Report on the treatment of epidemic cholera: from information collected by the governments of Bengal, Madras, Bombay, N.W. Provinces, Punjab, Oudh, and Central India, by order of the Government of India
Disease focus: Cholera
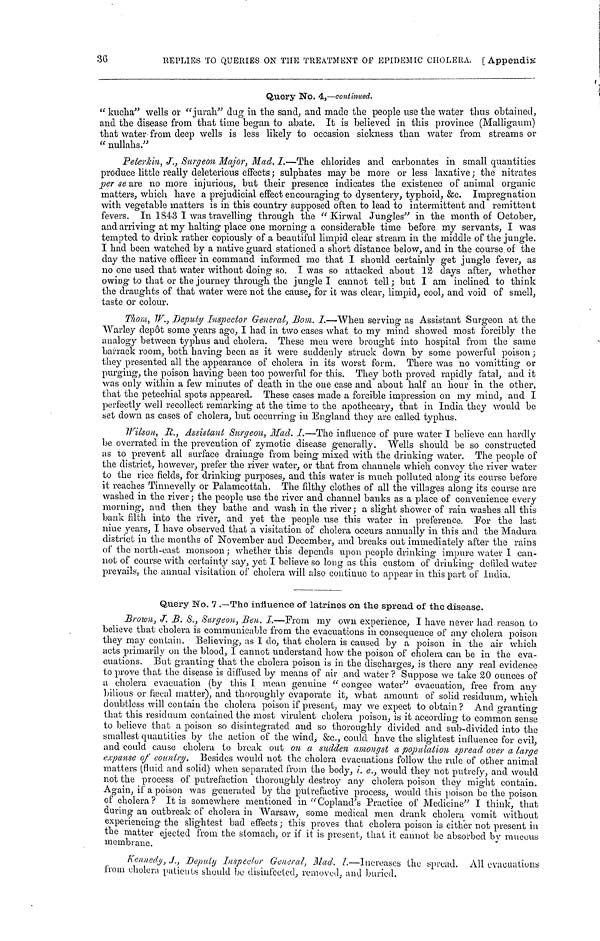
36
REPLIES TO QUERIES ON THE TREATMENT OF EPIDEMIC CHOLERA. [ Appendix
Query No. 4,—continued.
"kucha" wells or "jurah" dug in the sand, and made the people use the water thus obtained,
and the disease from that time began to abate. It is believed in this province (Malligaum)
that water from deep wells is less likely to occasion sickness than water from streams or
"nullahs."
Peterkin, J., Surgeon Major, Mad. I.—The chlorides and carbonates in small quantities
produce little really deleterious effects; sulphates may be more or less laxative ; the nitrates
per se are no more injurious, but their presence indicates the existence of animal organic
matters, which have a prejudicial effect encouraging to dysentery, typhoid, &c. Impregnation
with vegetable matters is in this country supposed often to lead to intermittent and remittent
fevers. In 1843 I was travelling through the "Kirwal Jungles" in the month of October,
and arriving at my halting place one morning a considerable time before my servants, I was
tempted to drink rather copiously of a beautiful limpid clear stream in the middle of the jungle.
I had been watched by a native guard stationed a short distance below, and in the course of the
day the native officer in command informed me that I should certainly get jungle fever, as
no one used that water without doing so. I was so attacked about 12 days after, whether
owing to that or the journey through the jungle I cannot tell; but I am inclined to think
the draughts of that water were not the cause, for it was clear, limpid, cool, and void of smell,
taste or colour.
Thom, W., Deputy Inspector General, Bom. I.—When serving as Assistant Surgeon at the
Warley depot some years ago, I had in two cases what to my mind showed most forcibly the
analogy between typhus and cholera. These men were brought into hospital from the same
barrack room, both having been as it were suddenly struck down by some powerful poison;
they presented all the appearance of cholera in its worst form. There was no vomitting or
purging, the poison having been too powerful for this. They both proved rapidly fatal, and it
was only within a few minutes of death in the one case and about half an hour in the other,
that the petechial spots appeared. These cases made a forcible impression on my mind, and I
perfectly well recollect remarking at the time to the apothecary, that in India they would be
yet down as cases of cholera, but occurring in England they are called typhus.
Wilson, R., Assistant Surgeon, Mad. I.—The influence of pure water I believe can hardly
be overrated in the prevention of zymotic disease generally. Wells should be so constructed
as to prevent all surface drainage from being mixed with the drinking water. The people of
the district, however, prefer the river water, or that from channels which convey the river water
to the rice fields, for drinking purposes, and this water is much polluted along its course before
it reaches Tinnevelly or Palamcottah. The filthy clothes of all the villages along its course are
washed in the river ; the people use the river and channel banks as a place of convenience every
morning, and then they bathe and wash in the river ; a slight shower of rain washes all this
bank filth into the river, and yet the people use this water in preference. For the last
nine years, I have observed that a visitation of cholera occurs annually in this and the Madura
district in the mouths of November and December, and breaks out immediately after the rains
of the north-east monsoon; whether this depends upon people drinking impure water I can-
not of course with certainty say, yet I believe so long as this custom of drinking defiled water
prevails, the annual visitation of cholera will also continue to appear in this part of India.
Query No. 7.—The influence of latrines on the spread of the disease.
Brown, J. B. S., Surgeon, Ben. I.—From my own experience, I have never had reason to
believe that cholera is communicable from the evacuations in consequence of any cholera poison
they may contain. Believing, as I do, that cholera is caused by a poison in the air which
acts primarily on the blood, I cannot understand how the poison of cholera can be in the eva-
cuations. But granting that the cholera poison is in the discharges, is there any real evidence
to prove that the disease is diffused by means of air and water? Suppose we take 20 ounces of
a cholera evacuation (by this I mean genuine "congee water" evacuation, free from any
bilious or fæcal matter), and thoroughly evaporate it, what amount of solid residuum, which
doubtless will contain the cholera poison if present, may we expect to obtain? And granting
that this residuum contained the most virulent cholera poison, is it according to common sense
to believe that a poison so disintegrated and so thoroughly divided and sub-divided into the
smallest quantities by the action of the wind, &c., could have the slightest influence for evil,
and could causo cholera to break out on a sudden amongst a population spread over a large
expanse of country. Besides would not the cholera evacuations follow the rule of other animal
matters (fluid and solid) when separated from the body, i. e., would they not putrefy, and would
not the process of putrefaction thoroughly destroy any cholera poison they might contain.
Again, if a poison was generated by the putrefactive process, would this poison be the poison
of cholera? It is somewhere mentioned in "Copland's Practice of Medicine" I think, that
during an outbreak of cholera in Warsaw, some medical men drank cholera vomit without
experiencing the slightest bad effects; this proves that cholera poison is either not present in
the matter ejected from the stomach, or if it is present, that it cannot be absorbed by mucous
membrane.
Kennedy, J., Deputy Inspector General, Mad. I.—Increases the spread. All evacuations
from cholera patients should be disinfected, removed, and buried.